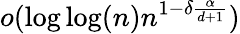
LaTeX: o(\log\log(n)n^{1-\delta\frac{\alpha}{d+1}})